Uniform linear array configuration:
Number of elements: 16
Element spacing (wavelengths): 0.5
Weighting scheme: binomial
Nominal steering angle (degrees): -30
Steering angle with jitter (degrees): -30.12
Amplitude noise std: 0.05
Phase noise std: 0.05

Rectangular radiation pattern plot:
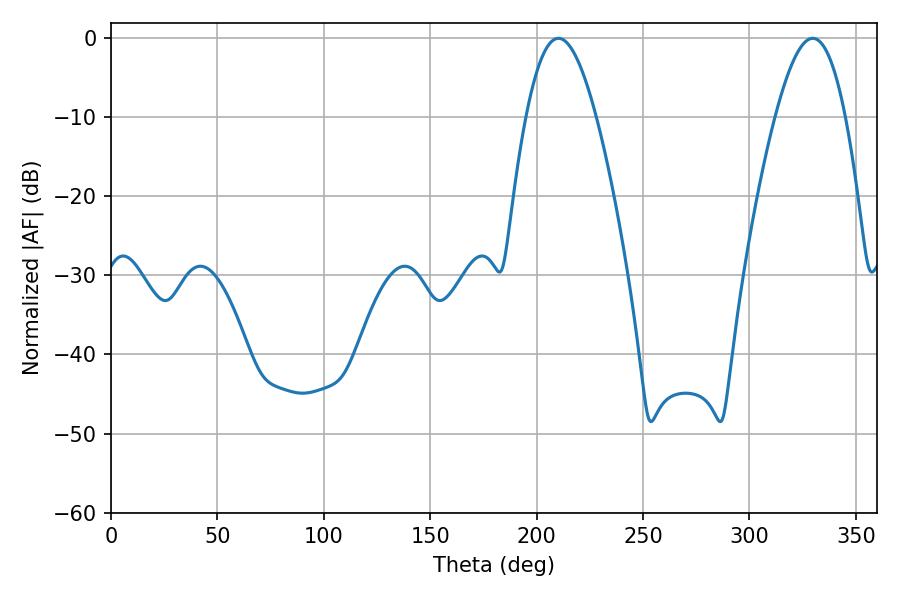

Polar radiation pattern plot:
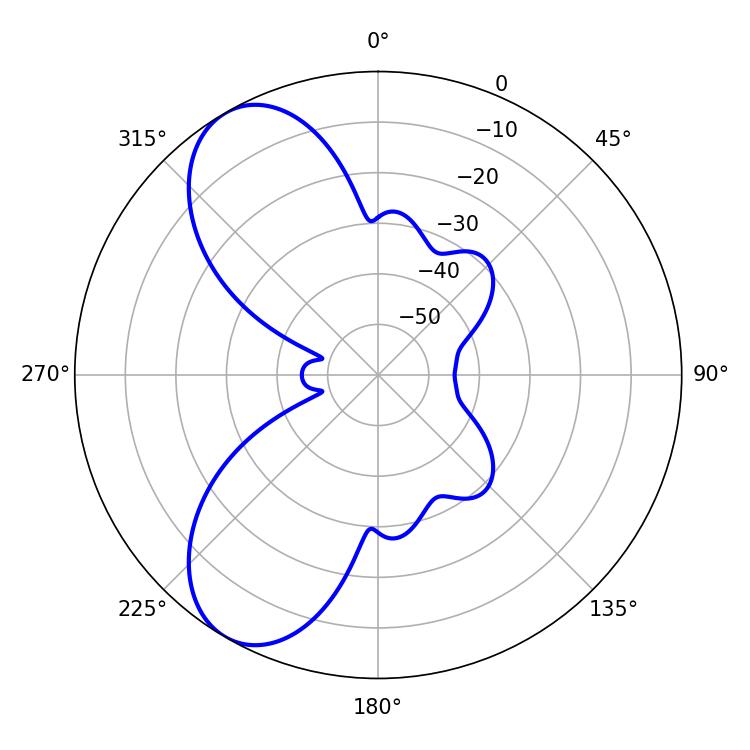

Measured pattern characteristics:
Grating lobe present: FALSE
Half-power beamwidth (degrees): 18
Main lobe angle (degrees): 210.24